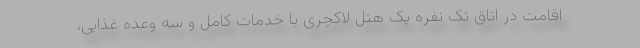
اقامت در اتاق تک نفره یک هتل لاکچری با خدمات کامل و سه وعده غذایی،